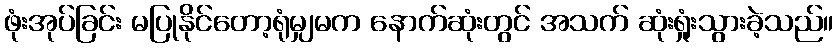
ဖုံးအုပ်ခြင်း မပြုနိုင်တော့ရုံမျှမက နောက်ဆုံးတွင် အသက် ဆုံးရှုံးသွားခဲ့သည်။